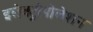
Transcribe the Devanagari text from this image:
इलेक्ट्रोपोलेशन